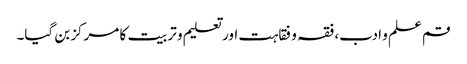
قم علم و ادب، فقہ و فقاہت اور تعلیم و تربیت کا مرکز بن گیا۔